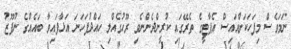
ނަމަވެސް މިފަހަކަށްއައިސް އެޕާޓީގެ ތެރޭގައި ކުރީންދެންނެވި ރޫހުގެއްލި ހައްދުފަހަނަ އަޅާފައިވާ ބައެއްގެ ނުފޫޒު